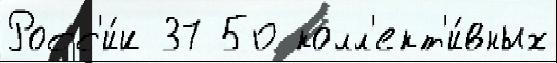
Росс'и́и 37 50 колл'ект'и́вных